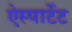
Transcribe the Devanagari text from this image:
ऐस्पार्टेट